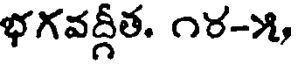
భగవద్గీత. ౧ర-౫,